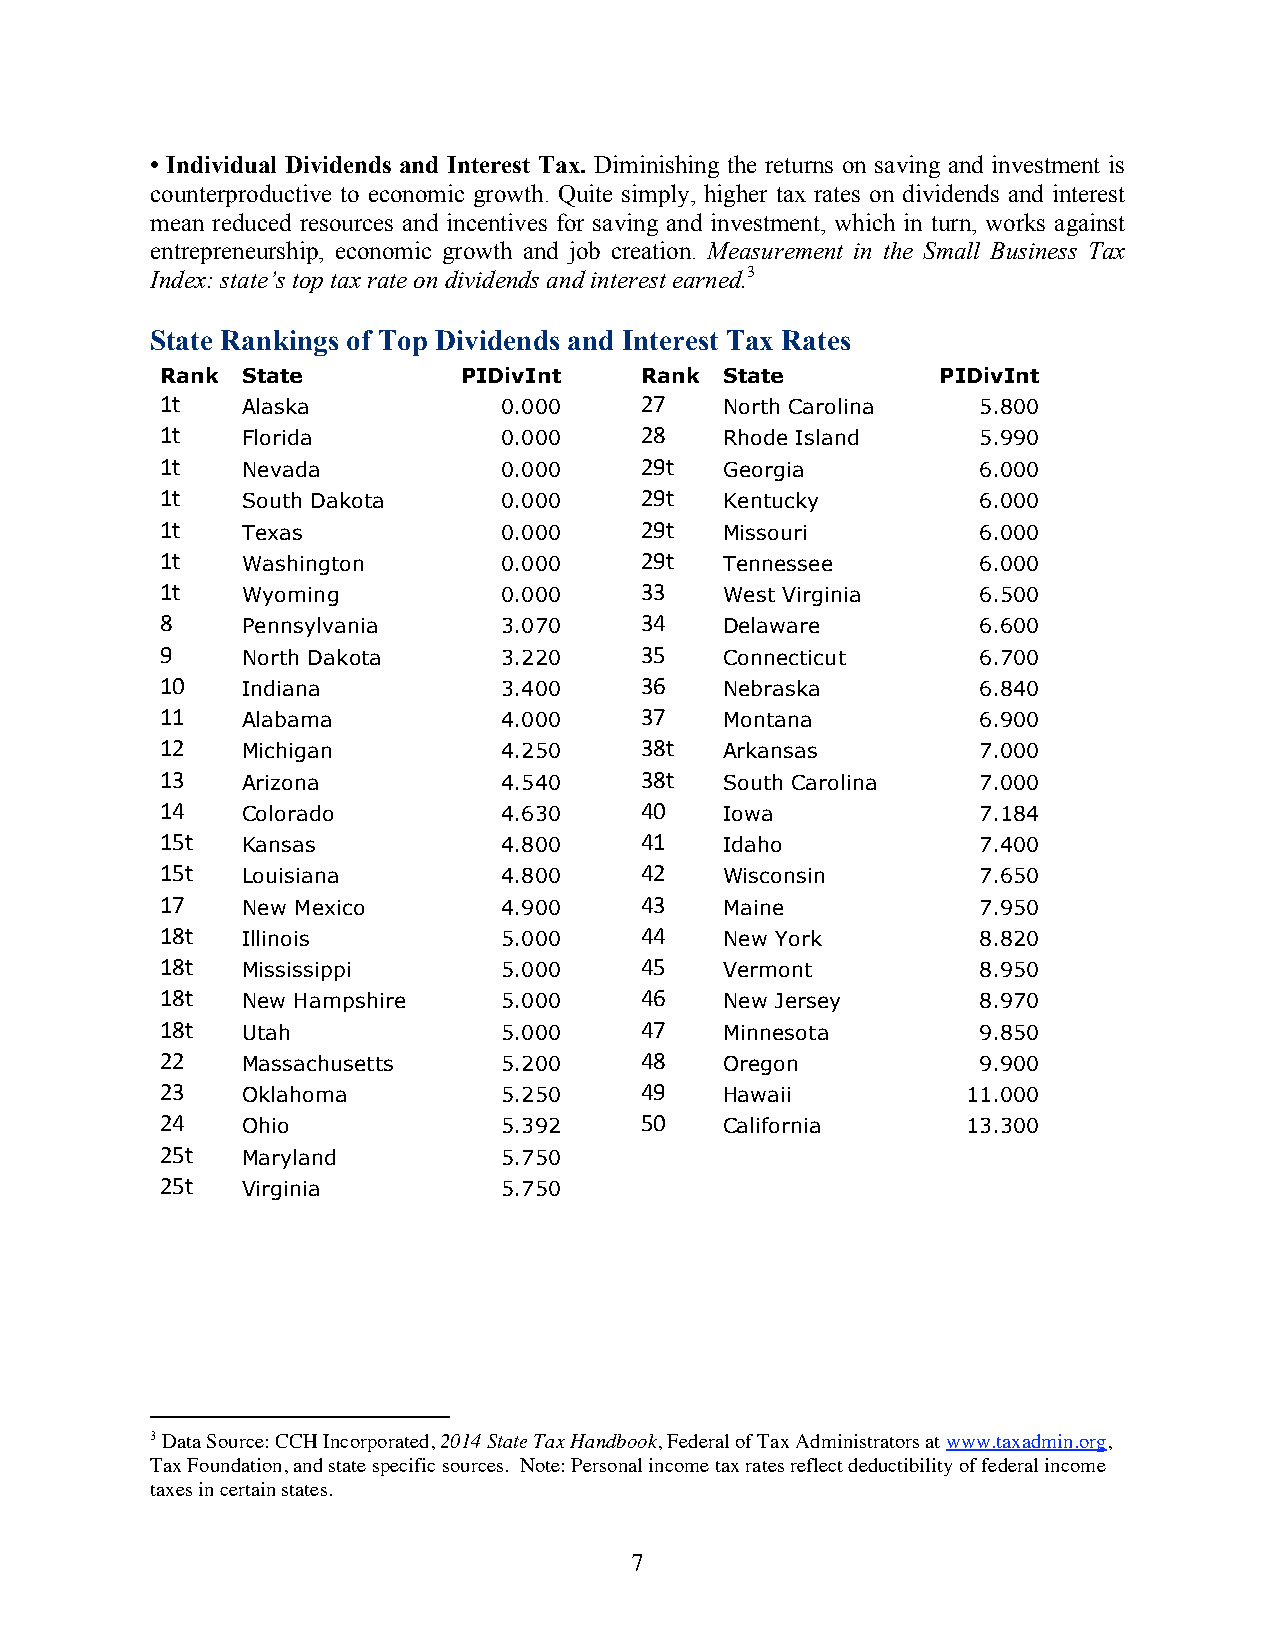
• Individual Dividends and Interest Tax. Diminishing the returns on saving and investment is
 counterproductive to economic growth. Quite simply, higher tax rates on dividends and interest
 mean reduced resources and incentives for saving and investment, which in turn, works against
 entrepreneurship, economic growth and job creation. Measurement in the Small Business Tax
 Index: state’s top tax rate on dividends and interest earned.3
 State Rankings of Top Dividends and Interest Tax Rates
 Rank State          PIDivInt   Rank  State         PIDivInt
 1t   Alaska           0.000    27    North Carolina   5.800
 1t   Florida          0.000    28    Rhode Island     5.990
 1t   Nevada           0.000    29t   Georgia          6.000
 1t   South Dakota     0.000    29t   Kentucky         6.000
 1t   Texas            0.000    29t   Missouri         6.000
 1t   Washington       0.000    29t   Tennessee        6.000
 1t   Wyoming          0.000    33    West Virginia    6.500
 8    Pennsylvania     3.070    34    Delaware         6.600
 9    North Dakota     3.220    35    Connecticut      6.700
 10   Indiana          3.400    36    Nebraska         6.840
 11   Alabama          4.000    37    Montana          6.900
 12   Michigan         4.250    38t   Arkansas         7.000
 13   Arizona          4.540    38t   South Carolina   7.000
 14   Colorado         4.630    40    Iowa             7.184
 15t  Kansas           4.800    41    Idaho            7.400
 15t  Louisiana        4.800    42    Wisconsin        7.650
 17   New Mexico       4.900    43    Maine            7.950
 18t  Illinois         5.000    44    New York         8.820
 18t  Mississippi      5.000    45    Vermont          8.950
 18t  New Hampshire    5.000    46    New Jersey       8.970
 18t  Utah             5.000    47    Minnesota        9.850
 22   Massachusetts    5.200    48    Oregon           9.900
 23   Oklahoma         5.250    49    Hawaii          11.000
 24   Ohio             5.392    50    California      13.300
 25t  Maryland         5.750
 25t  Virginia         5.750
 3 Data Source: CCH Incorporated, 2014 State Tax Handbook, Federal of Tax Administrators at www.taxadmin.org,
 Tax Foundation, and state specific sources. Note: Personal income tax rates reflect deductibility of federal income
 taxes in certain states.
 7